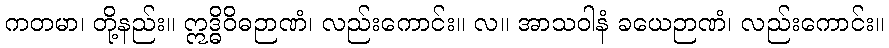
ကတမာ၊ တို့နည်း။ ဣဒ္ဓိဝိဓဉာဏံ၊ လည်းကောင်း။ လ။ အာသဝါနံ ခယေဉာဏံ၊ လည်းကောင်း။